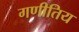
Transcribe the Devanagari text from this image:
गणीतिय